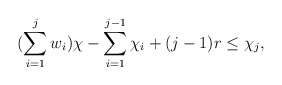
\begin{align*}(\sum\limits_{i=1}^j w_i) \chi - \sum\limits_{i =1}^{j-1} \chi_i + (j-1)r \leq \chi_j,\end{align*}